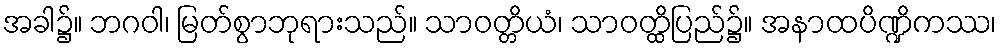
အခါ၌။ ဘဂဝါ၊ မြတ်စွာဘုရားသည်။ သာဝတ္တိယံ၊ သာဝတ္ထိပြည်၌။ အနာထပိဏ္ဍိကဿ၊